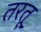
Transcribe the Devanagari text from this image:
तरतू